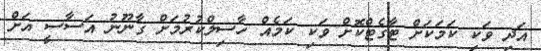
އަދި ވަކި ކަމަކަށް ޓާގެޓްކޮށް ވަކި ކަމެއް ހާސިލްކުރުމަށް ގާނޫނު އަސާސީ އަށް